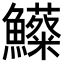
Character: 𩽃